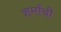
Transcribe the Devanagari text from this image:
शर्मांची